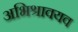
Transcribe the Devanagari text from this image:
अभिश्रावयव